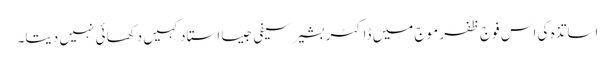
اساتذہ کی اس فوج ظفر موج میں ڈاکٹر بشیر سیفی جیسا استاد کہیں دکھائی نہیں دیتا۔